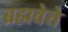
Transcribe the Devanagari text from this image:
ब्रह्मवेत्ते